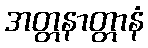
အတ္တနာတ္တာနံ